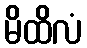
မိထိလံ